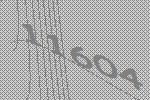
11604